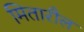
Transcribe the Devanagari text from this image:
मितारौल